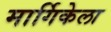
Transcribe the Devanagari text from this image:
मार्गिकेला